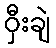
ဝှီးချဲ